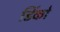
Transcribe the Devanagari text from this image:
डिंको